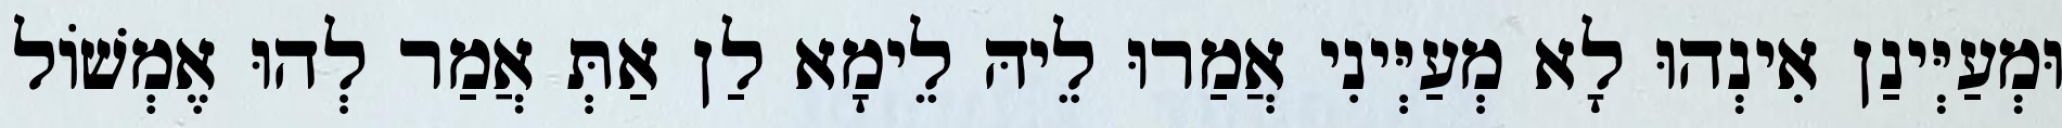
וּמְעַיְּינַן אִינְהוּ לָא מְעַיְּינִי אֲמַרוּ לֵיהּ לֵימָא לַן אַתְּ אֲמַר לְהוּ אֶמְשׁוֹל